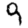
Digit: 9